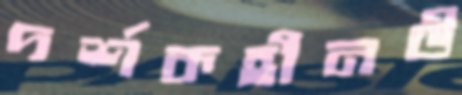
দর্শকহীনউ